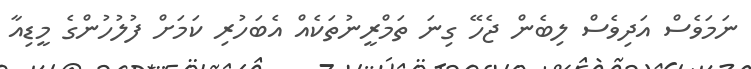
ނަމަވެސް އަދިވެސް ލިބެން ޖެހޭ ގިނަ ތަމްރީނުތަކެއް އެބަހުރި ކަމަށް ފުލުހުންގެ މީޑިއާ